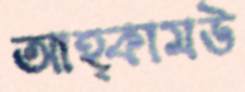
আহ্কামউ